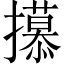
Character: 𫾕